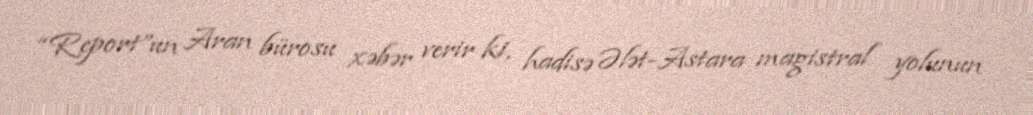
“Report”un Aran bürosu xəbər verir ki, hadisə Ələt-Astara magistral yolunun